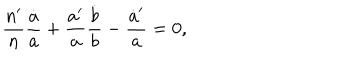
{ \frac { n ^ { \prime } } { n } } { \frac { \dot { a } } { a } } + { \frac { a ^ { \prime } } { a } } { \frac { \dot { b } } { b } } - { \frac { \dot { a } ^ { \prime } } { a } } = 0 ,